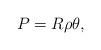
LaTeX: \begin{align*}P=R \rho \theta, \end{align*}